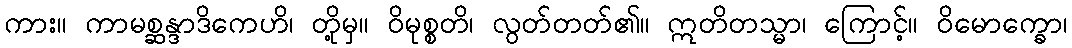
ကား။ ကာမစ္ဆန္ဒာဒိကေဟိ၊ တို့မှ။ ဝိမုစ္စတိ၊ လွတ်တတ်၏။ ဣတိတသ္မာ၊ ကြောင့်။ ဝိမောက္ခော၊